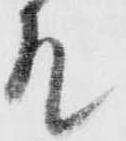
允